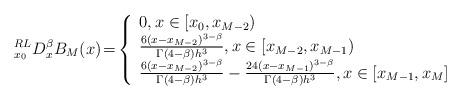
LaTeX: \begin{align*}{^{RL}_{x_0}}D^\beta_xB_M(x)\!=\!\left\{ \begin{array}{l}0, x \in [x_0,x_{M-2})\\\frac{6(x-x_{M-2})^{3-\beta}}{\Gamma(4-\beta)h^3}, x \in [x_{M-2},x_{M-1})\\\frac{6(x-x_{M-2})^{3-\beta}}{\Gamma(4-\beta)h^3}-\frac{24(x-x_{M-1})^{3-\beta}}{\Gamma(4-\beta)h^3}, x \in [x_{M-1},x_{M}]\end{array} \right.\end{align*}